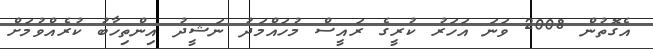
އެގޮތުން 2008 ވަނަ އަހަރު ކުރީގެ ރައީސް މުހައްމަދު ނަޝީދު އިންތިހާބު ކުރެއްވުމަށް